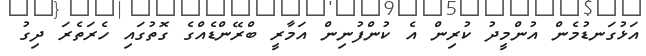
އަޅުގަނޑުމެން އުންމީދު ކުރިން އެ ކުންފުނިން އަމާރީ ބްރޭންޑެއްގެ ގޮތުގައި ހެރަތެރަ ދިގު